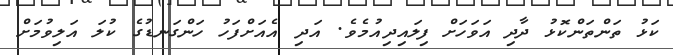
ކަޅު ތަންތަންކޮޅު ދާދި އަވަހަށް ފިލައިދިއުމެވެ. އަދި އެއަށްފަހު ހަންގަނޑުގެ ކުލަ އަލިވުމަށް